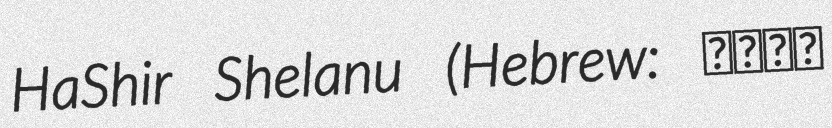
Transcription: HaShir Shelanu (Hebrew: השיר